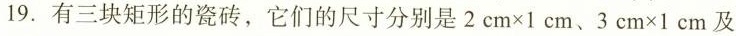
19.有三块矩形的瓷砖，它们的尺寸分别是$$2cmx1cm$$、$$3cmx1cm$$及